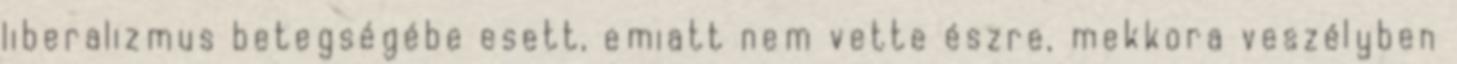
liberalizmus betegségébe esett, emiatt nem vette észre, mekkora veszélyben